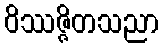
ဝိဿဇ္ဇိတသညာ